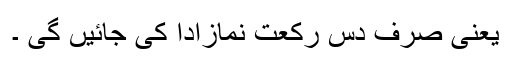
یعنی صرف دس رکعت نمازادا کی جائیں گی ۔